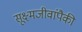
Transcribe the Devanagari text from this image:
सूक्ष्मजीवांपैकी